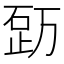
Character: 𥒿